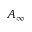
A _ { \infty }